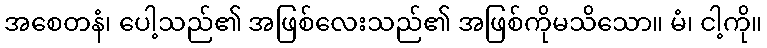
အစေတနံ၊ ပေါ့သည်၏ အဖြစ်လေးသည်၏ အဖြစ်ကိုမသိသော။ မံ၊ ငါ့ကို။